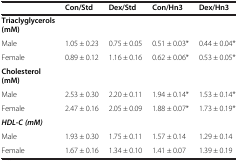
<table><thead><tr><td><b> </b></td><td><b>Con/Std</b></td><td><b>Dex/Std</b></td><td><b>Con/Hn3</b></td><td><b>Dex/Hn3</b></td></tr></thead><tbody><tr><td><b>Triaclyglycerols (mM)</b></td><td> </td><td> </td><td> </td><td> </td></tr><tr><td>Male</td><td>1.05 ± 0.23</td><td>0.75 ± 0.05</td><td>0.51 ± 0.03*</td><td>0.44 ± 0.04*</td></tr><tr><td>Female</td><td>0.89 ± 0.12</td><td>1.16 ± 0.16</td><td>0.62 ± 0.06*</td><td>0.53 ± 0.05*</td></tr><tr><td><b>Cholesterol (mM)</b></td><td> </td><td> </td><td> </td><td> </td></tr><tr><td>Male</td><td>2.53 ± 0.30</td><td>2.20 ± 0.11</td><td>1.94 ± 0.14*</td><td>1.53 ± 0.14*</td></tr><tr><td>Female</td><td>2.47 ± 0.16</td><td>2.05 ± 0.09</td><td>1.88 ± 0.07*</td><td>1.73 ± 0.19*</td></tr><tr><td><b><i>HDL-C (mM)</i></b></td><td> </td><td> </td><td> </td><td> </td></tr><tr><td>Male</td><td>1.93 ± 0.30</td><td>1.75 ± 0.11</td><td>1.57 ± 0.14</td><td>1.29 ± 0.14</td></tr><tr><td>Female</td><td>1.67 ± 0.16</td><td>1.34 ± 0.10</td><td>1.41 ± 0.07</td><td>1.39 ± 0.19</td></tr></tbody></table>